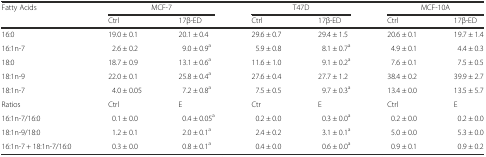
| <ROWSPAN=2> Fatty Acids | <COLSPAN=2> MCF-7 | <COLSPAN=2> T47D | <COLSPAN=2> MCF-10A |
 | Ctrl | 17β-ED | Ctrl | 17β-ED | Ctrl | 17β-ED |
 | --- | --- | --- | --- | --- | --- | --- |
 | 16:0 | 19.0 ± 0.1 | 20.1 ± 0.4 | 29.6 ± 0.7 | 29.4 ± 1.5 | 20.6 ± 0.1 | 19.7 ± 1.4 |
 | 16:1n-7 | 2.6 ± 0.2 | 9.0 ± 0.9a | 5.9 ± 0.8 | 8.1 ± 0.7a | 4.9 ± 0.1 | 4.4 ± 0.3 |
 | 18:0 | 18.7 ± 0.9 | 13.1 ± 0.6a | 11.6 ± 1.0 | 9.1 ± 0.2a | 7.6 ± 0.1 | 7.5 ± 0.5 |
 | 18:1n-9 | 22.0 ± 0.1 | 25.8 ± 0.4a | 27.6 ± 0.4 | 27.7 ± 1.2 | 38.4 ± 0.2 | 39.9 ± 2.7 |
 | 18:1n-7 | 4.0 ± 0.05 | 7.2 ± 0.8a | 7.5 ± 0.5 | 9.7 ± 0.3a | 13.4 ± 0.0 | 13.5 ± 5.7 |
 | Ratios | Ctrl | E | Ctr | E | Ctrl | E |
 | 16:1n-7/16:0 | 0.1 ± 0.0 | 0.4 ± 0.05a | 0.2 ± 0.0 | 0.3 ± 0.0a | 0.2 ± 0.0 | 0.2 ± 0.0 |
 | 18:1n-9/18:0 | 1.2 ± 0.1 | 2.0 ± 0.1a | 2.4 ± 0.2 | 3.1 ± 0.1a | 5.0 ± 0.0 | 5.3 ± 0.0 |
 | 16:1n-7 + 18:1n-7/16:0 | 0.3 ± 0.0 | 0.8 ± 0.1a | 0.4 ± 0.0 | 0.6 ± 0.0a | 0.9 ± 0.1 | 0.9 ± 0.2 |